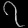
Digit: ၇